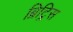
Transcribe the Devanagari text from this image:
ब्रिट्रिस